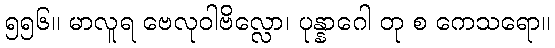
၅၅၆။ မာလူရ ဗေလုဝါဗိလ္လော၊ ပုန္နာဂေါ တု စ ကေသရော။